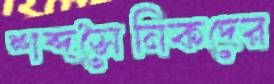
শব্দসৈনিকদের